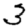
Digit: 3